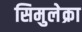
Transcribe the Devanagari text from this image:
सिमुलेक्रा